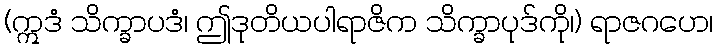
(ဣဒံ သိက္ခာပဒံ၊ ဤဒုတိယပါရာဇိက သိက္ခာပုဒ်ကို၊) ရာဇဂဟေ၊